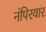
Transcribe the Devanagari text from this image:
नंपिरयार